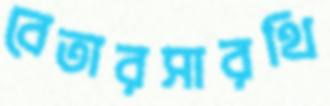
বেতারসারথি